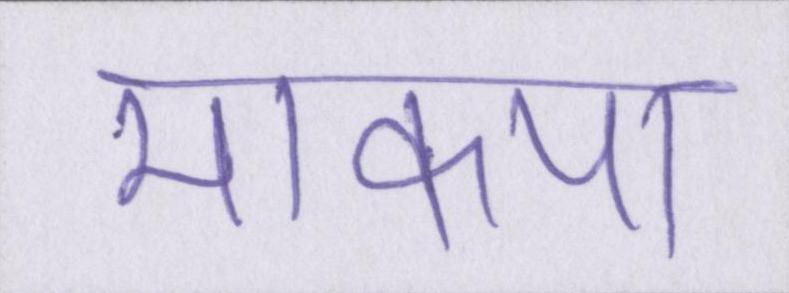
माकपा